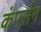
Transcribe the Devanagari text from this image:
कंपर्सन